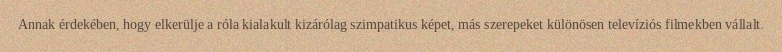
Annak érdekében, hogy elkerülje a róla kialakult kizárólag szimpatikus képet, más szerepeket különösen televíziós filmekben vállalt.